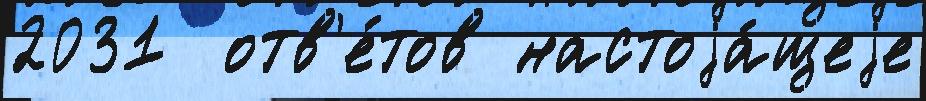
2031  отв'е́тов настоjа́щеjе